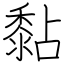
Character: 黏